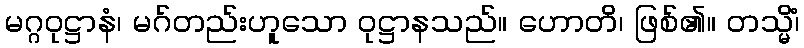
မဂ္ဂဝုဋ္ဌာနံ၊ မဂ်တည်းဟူသော ဝုဋ္ဌာနသည်။ ဟောတိ၊ ဖြစ်၏။ တသ္မိံ၊